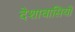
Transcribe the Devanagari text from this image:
देशावासियों